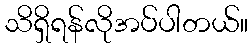
သိရှိရန်လိုအပ်ပါတယ်။